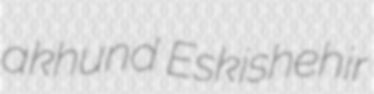
akhund Eskishehir